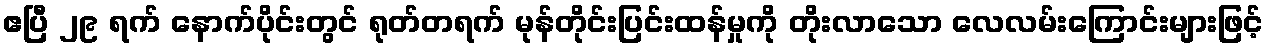
ဧပြီ ၂၉ ရက် နောက်ပိုင်းတွင် ရုတ်တရက် မုန်တိုင်းပြင်းထန်မှုကို တိုးလာသော လေလမ်းကြောင်းများဖြင့်